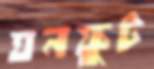
ঘনফুট